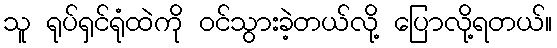
သူ ရုပ်ရှင်ရုံထဲကို ဝင်သွားခဲ့တယ်လို့ ပြောလို့ရတယ်။